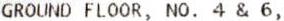
GROUND FLOOR, NO. 4 & 6,